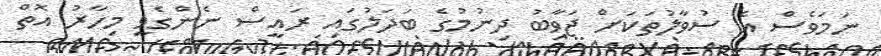
ނަމަވެސް އެ ސުވާލުތަކަށް ޖަވާބު ދިނުމުގެ ބަދަލުގައި ރައީސް ނެންގެވީ މިހާރު އޮތް